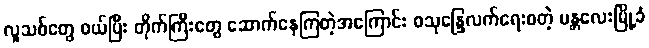
လူသစ်တွေ ဝယ်ပြီး တိုက်ကြီးတွေ ဆောက်နေကြတဲ့အကြောင်း ဝသုန္ဒြေလက်ရေးစတဲ့ မန္တလေးမြို့ခံ